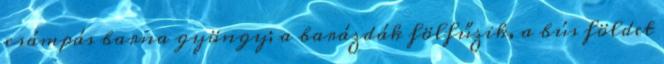
csámpás barna gyöngy; a barázdák fölfűzik, a bús földet